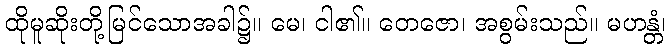
ထိုမူဆိုးတို့မြင်သောအခါ၌။ မေ၊ ငါ၏။ တေဇော၊ အစွမ်းသည်။ မဟန္တံ၊